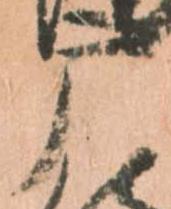
广